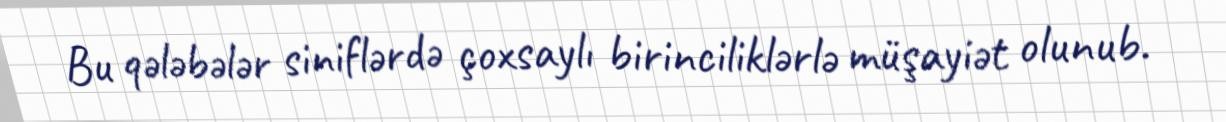
Bu qələbələr siniflərdə çoxsaylı birinciliklərlə müşayiət olunub.